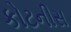
કોટનીસ